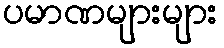
ပမာဏများများ